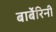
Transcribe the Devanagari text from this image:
बार्बेरिनी